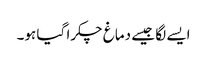
ایسے لگا جیسے دماغ چکرا گیا ہو۔